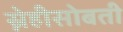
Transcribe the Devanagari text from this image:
स्नेहीसोबती